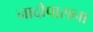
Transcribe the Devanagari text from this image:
नादोपासना